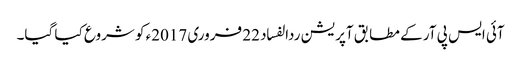
آئی ایس پی آر کے مطابق آپریشن ردالفساد 22 فروری 2017ء کو شروع کیا گیا۔